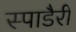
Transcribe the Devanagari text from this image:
स्पाडैरी